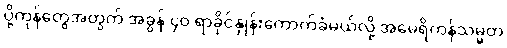
ပို့ကုန်တွေအတွက် အခွန် ၄၀ ရာခိုင်နှုန်းကောက်ခံမယ်လို့ အမေရိကန်သမ္မတ